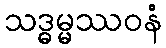
သဒ္ဓမ္မဿဝနံ